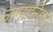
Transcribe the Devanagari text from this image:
नामानिधान।